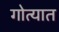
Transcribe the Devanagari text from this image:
गोत्यात